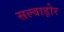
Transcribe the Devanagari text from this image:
सल्वाड़ोर